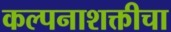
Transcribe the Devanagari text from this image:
कल्पनाशक्तीचा